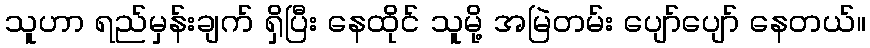
သူဟာ ရည်မှန်းချက် ရှိပြီး နေထိုင် သူမို့ အမြဲတမ်း ပျော်ပျော် နေတယ်။